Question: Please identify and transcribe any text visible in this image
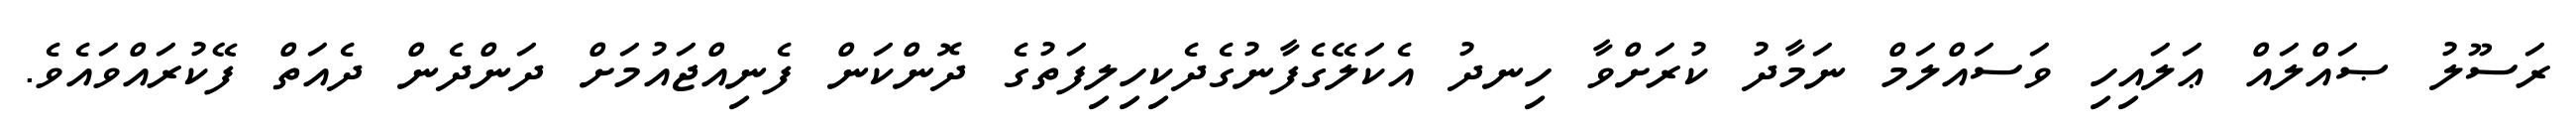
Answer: ރަސޫލު ޞައްލައް ޢަލައިހި ވަސައްލަމް ނަމާދު ކުރަށްވާ ހިނދު އެކަލޭގެފާނުގެދެކިހިލިފަތުގެ ދޮންކަން ފެނިއްޖައުމަށް ދަންދެން ދެއަތް ފޭކުރައްވައެވެ.